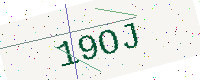
Text: 19OJ